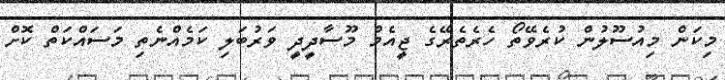
މިކަން މިއުސޫލުން ކުރެވޭތޯ ހެރެތެރޭގެ ޖީއެމް މޫސާދީދީ ވަރުބަލި ކަމެއްނެތި މަސައްކަތް ކޮށް